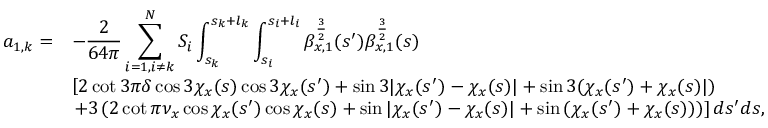
\begin{array} { c l } { \displaystyle a _ { 1 , k } = } & { \displaystyle - \frac { 2 } { 6 4 \pi } \sum _ { i = 1 , i \neq k } ^ { N } { S _ { i } \int _ { s _ { k } } ^ { s _ { k } + l _ { k } } { \int _ { s _ { i } } ^ { s _ { i } + l _ { i } } { \beta _ { x , 1 } ^ { \frac { 3 } { 2 } } ( s ^ { \prime } ) \beta _ { x , 1 } ^ { \frac { 3 } { 2 } } ( s ) } } } } \\ & { \displaystyle \left[ 2 \cot { 3 \pi \delta } \cos { 3 \chi _ { x } ( s ) } \cos { 3 \chi _ { x } ( s ^ { \prime } ) } + \sin { 3 | \chi _ { x } ( s ^ { \prime } ) - \chi _ { x } ( s ) | } + \sin { 3 ( \chi _ { x } ( s ^ { \prime } ) + \chi _ { x } ( s ) | ) } \right. } \\ & { \displaystyle \left. + 3 \left( 2 \cot { \pi \nu _ { x } } \cos { \chi _ { x } ( s ^ { \prime } ) } \cos { \chi _ { x } ( s ) } + \sin { | \chi _ { x } ( s ^ { \prime } ) - \chi _ { x } ( s ) | } + \sin { ( \chi _ { x } ( s ^ { \prime } ) + \chi _ { x } ( s ) ) } \right) \right] d s ^ { \prime } d s , } \end{array}